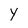
Character: Y